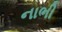
નાભી